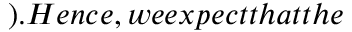
) . H e n c e , w e e x p e c t t h a t t h e